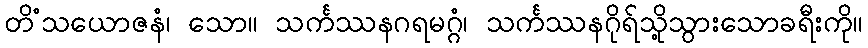
တိံသယောဇနံ၊ သော။ သင်္ကဿနဂရမဂ္ဂံ၊ သင်္ကဿနဂိုရ်သို့သွားသောခရီးကို။